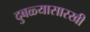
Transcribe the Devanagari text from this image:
दुबळ्यासारखी